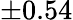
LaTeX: \pm 0.54